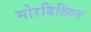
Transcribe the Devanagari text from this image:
मोरबिलियस